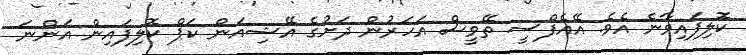
ކޮލިފައިވާނެ އެވެ. އޭއެފްސީ ތޭވީސް އަހަރުން ދަށުގެ އޭޝިއަން ކަޕް ކޮލިފައިން އަންނަ